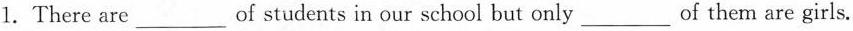
1.There are___of students in our school but only___of them are girls.